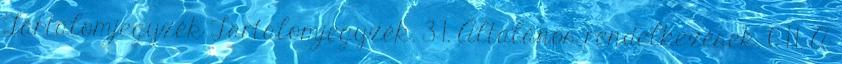
Tartalomjegyzék Tartalomjegyzék. 3 1. Általános rendelkezések. 6 1.1. A